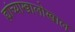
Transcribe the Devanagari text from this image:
ह्यांच्याखालोखाल